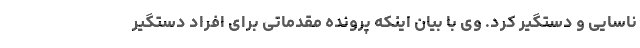
ناسایی و دستگیر کرد. وی با بیان اینکه پرونده مقدماتی برای افراد دستگیر